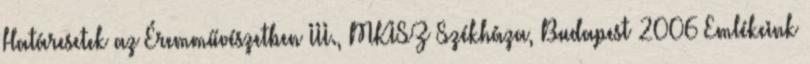
Határesetek az Éremművészetben III., MKISZ Székháza, Budapest 2006 Emlékeink